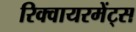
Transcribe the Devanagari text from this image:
रिक्वायरमेंट्स